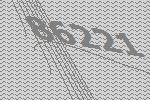
86221